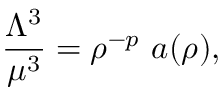
\frac { \Lambda ^ { 3 } } { \mu ^ { 3 } } = \rho ^ { - p } ~ a ( \rho ) ,